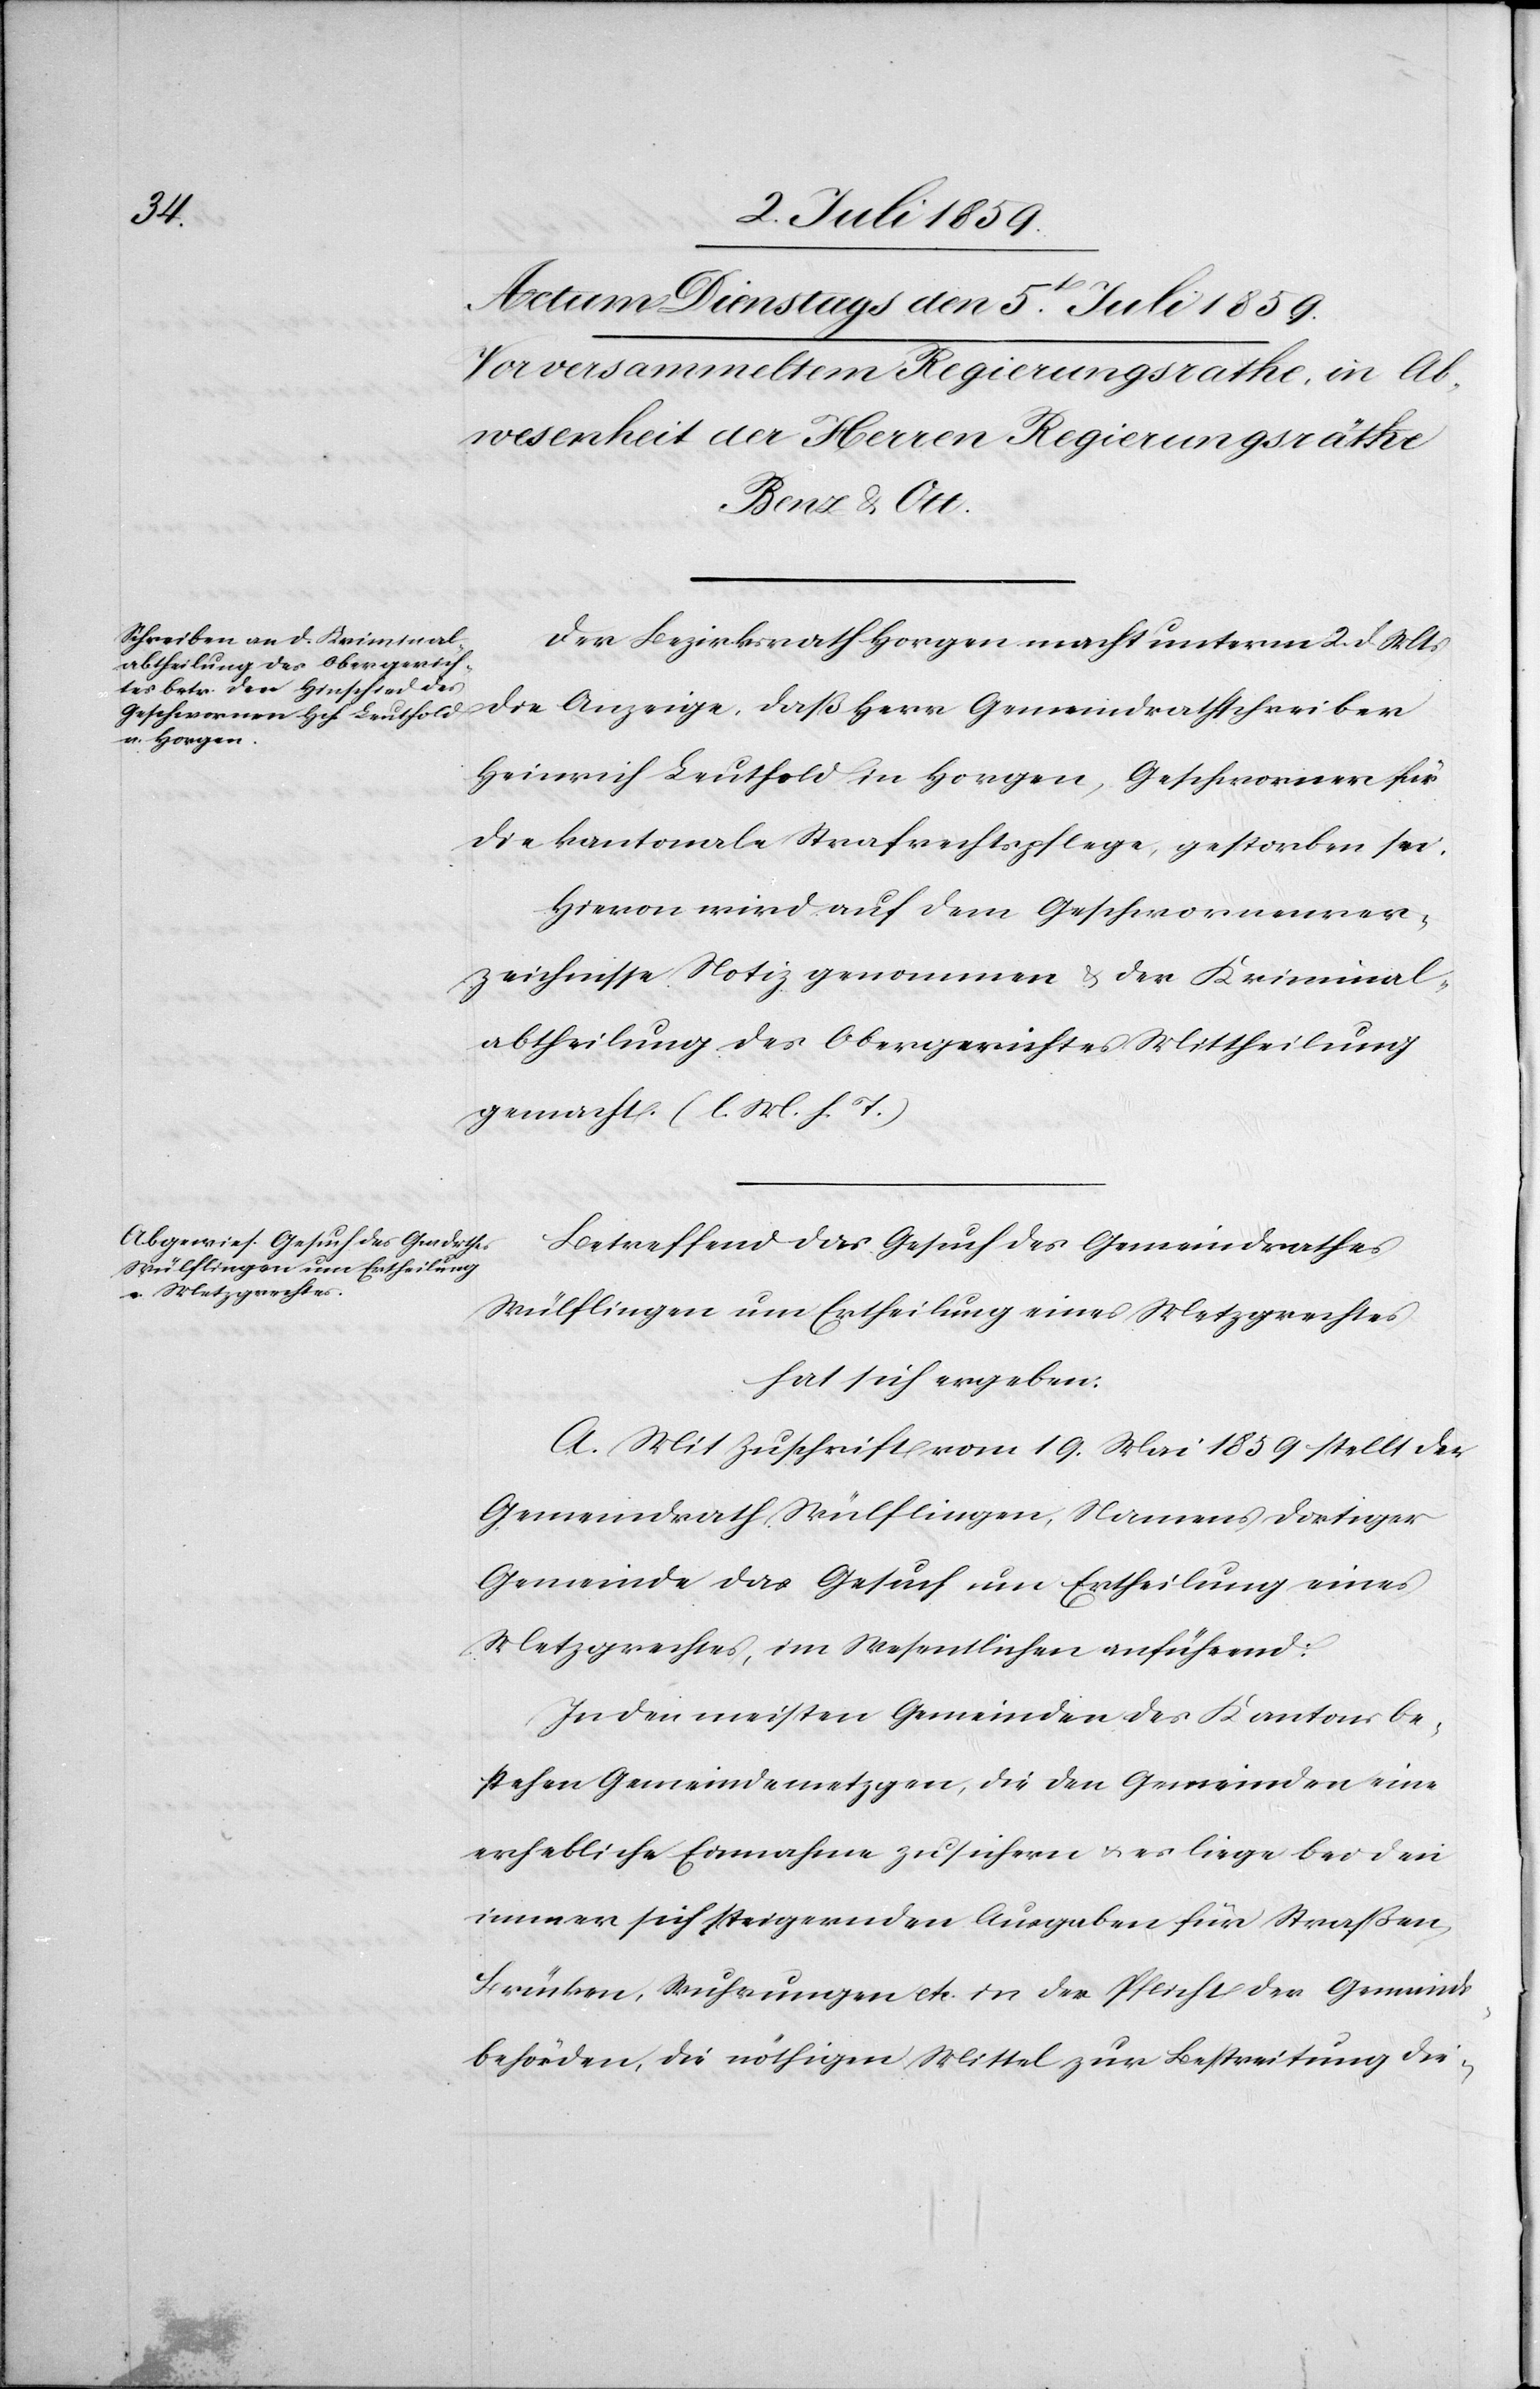
Der Bezirksrath Horgen macht unterm 2. d. Mts.
die Anzeige, daß Herr Gemeindrathsschreiber
Heinrich Leuthold in Horgen, Geschworner für
die kantonale Strafrechtspflege, gestorben sei.
Hievon wird auf dem Geschwornenver¬
zeichnisse Notiz genommen u. der Kriminal¬
abtheilung des Obergerichtes Mittheilung
gemacht. (l. M. h. T.)
Betreffend das Gesuch des Gemeindrathes
Wülflingen um Ertheilung eines Metzgrechtes
hat sich ergeben:
A. Mit Zuschrift vom 19. Mai 1859 stellt der
Gemeindrath Wülflingen, Namens dortiger
Gemeinde das Gesuch um Ertheilung eines
Metzgrechtes, im Wesentlichen anführend:
In den meisten Gemeinden des Kantons be¬
stehen Gemeindemetzgen, die den Gemeinden eine
erhebliche Einnahme zusichern u. es liege bei den
immer sich steigernden Ausgaben für Straßen,
Brücken, Wuhrungen etc. in der Pflicht der Gemeind¬
sbehörden, die nöthigen Mittel zur Bestreitung die-